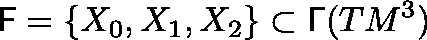
\mathsf { F } = \{ X _ { 0 } , X _ { 1 } , X _ { 2 } \} \subset \mathsf { \Gamma } ( T M ^ { 3 } )